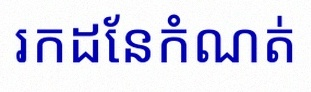
រកដែនកំណត់